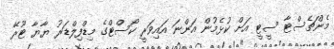
މެންޗެސްޓާ ސީޓީ އަށް ކުޅެމުން އަންނަ އައިވަރީ ކޯސްޓްގެ މިޑްފިލްޑަރު ޔާޔާ ޓޫރޭ